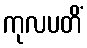
ကုလပတိံ